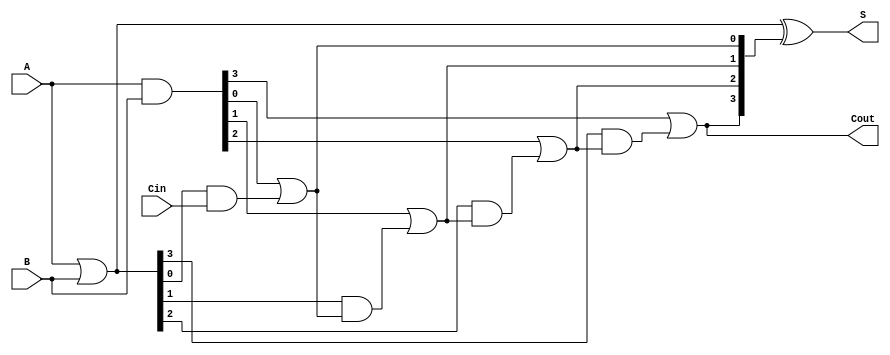
module RCLA #(parameter N = 4) (
    input  [N-1:0] A,      // First n-bit input
    input  [N-1:0] B,      // Second n-bit input
    input          Cin,     // Carry-in
    output [N-1:0] S,      // n-bit sum output
    output         Cout      // Carry-out
);

    // Generate and Propagate signals
    wire [N-1:0] G; // Generate signals
    wire [N-1:0] P; // Propagate signals
    wire [N:0] C;   // Carry signals

    // Generate and Propagate Logic
    assign G = A & B;          // Gi = Ai * Bi
    assign P = A | B;          // Pi = Ai + Bi
    
    // Carry signals
    assign C[0] = Cin;         // Initial carry-in
    genvar i;
    generate
        for (i = 0; i < N; i = i + 1) begin : carry_calc
            assign C[i + 1] = G[i] | (P[i] & C[i]); // Carry calculation
        end
    endgenerate

    // Sum calculation
    assign S = P ^ C[N:1];     // Si = Pi XOR Ci

    // Carry-out
    assign Cout = C[N];        // Final carry-out

endmodule